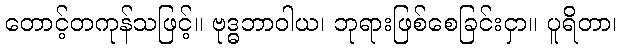
တောင့်တကုန်သဖြင့်။ ဗုဒ္ဓဘာဝါယ၊ ဘုရားဖြစ်စေခြင်းငှာ။ ပူရိတာ၊